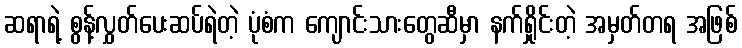
ဆရာရဲ့ စွန့်လွှတ်ပေးဆပ်ရဲတဲ့ ပုံစံက ကျောင်းသားတွေဆီမှာ နက်ရှိုင်းတဲ့ အမှတ်တရ အဖြစ်